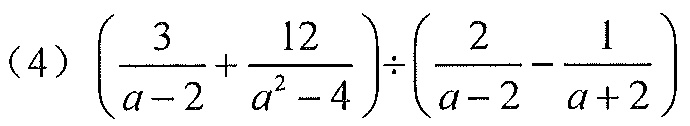
(4)\(\left(\dfrac{3}{a - 2}+\dfrac{12}{a^{2}-4}\right)\div\left(\dfrac{2}{a - 2}-\dfrac{1}{a + 2}\right)\)